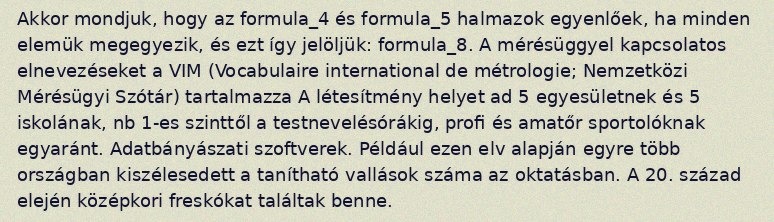
Akkor mondjuk, hogy az formula_4 és formula_5 halmazok egyenlőek, ha minden elemük megegyezik, és ezt így jelöljük: formula_8. A mérésüggyel kapcsolatos elnevezéseket a VIM (Vocabulaire international de métrologie; Nemzetközi Mérésügyi Szótár) tartalmazza A létesítmény helyet ad 5 egyesületnek és 5 iskolának, nb 1-es szinttől a testnevelésórákig, profi és amatőr sportolóknak egyaránt. Adatbányászati szoftverek. Például ezen elv alapján egyre több országban kiszélesedett a tanítható vallások száma az oktatásban. A 20. század elején középkori freskókat találtak benne.